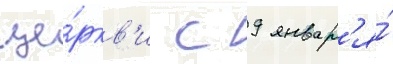
це́ркв'и с 9 январ'я́